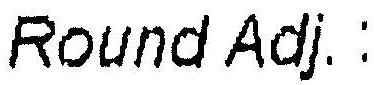
ROUND ADJ.: